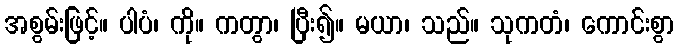
အစွမ်းဖြင့်။ ပါပံ၊ ကို။ ကတွာ၊ ပြီး၍။ မယာ၊ သည်။ သုကတံ၊ ကောင်းစွာ